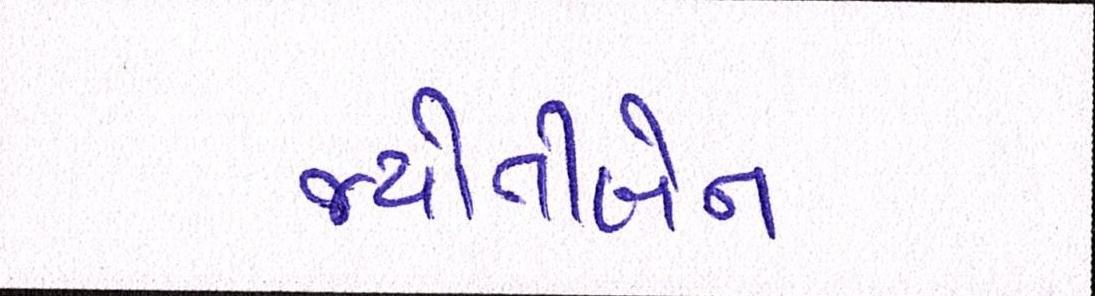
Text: જયોતીબેન